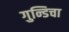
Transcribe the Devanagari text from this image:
गुन्डिचा